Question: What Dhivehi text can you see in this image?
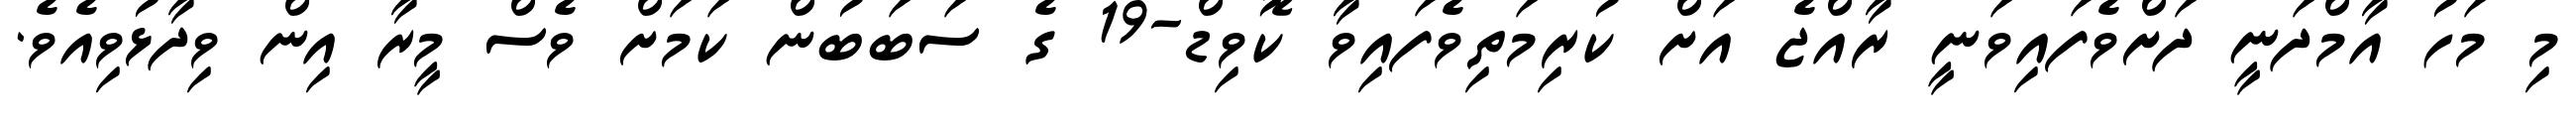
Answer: މި މަހު އާމްދަނީ ދަށްވެފައިވަނީ ރާއްޖެ އަށް ކުރިމަތިވެފައިވާ ކޮވިޑް-19 ގެ ސަބަބުން ކަމަށް ވެސް މީރާ އިން ވިދާޅުވިއެވެ.